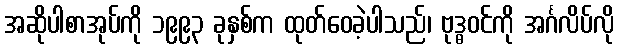
အဆိုပါစာအုပ်ကို ၁၉၉၃ ခုနှစ်က ထုတ်ဝေခဲ့ပါသည်၊ ဗုဒ္ဓဝင်ကို အင်္ဂလိပ်လို